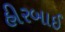
હીરબાઈ